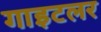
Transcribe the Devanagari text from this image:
गाइटलर